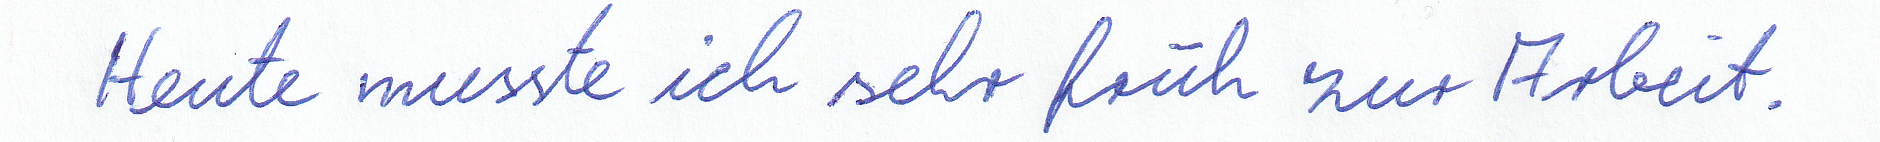
Heute musste ich sehr früh zur Arbeit.